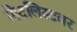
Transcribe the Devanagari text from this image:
हिटलिस्टवर